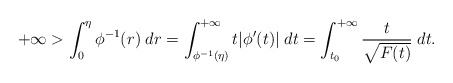
\begin{align*}+\infty>\int_0^\eta\phi^{-1}(r)\;dr=\int_{\phi^{-1}(\eta)}^{+\infty}t|\phi'(t)|\;dt=\int_{t_0}^{+\infty}\frac{t}{\sqrt{F(t)}}\;dt.\end{align*}